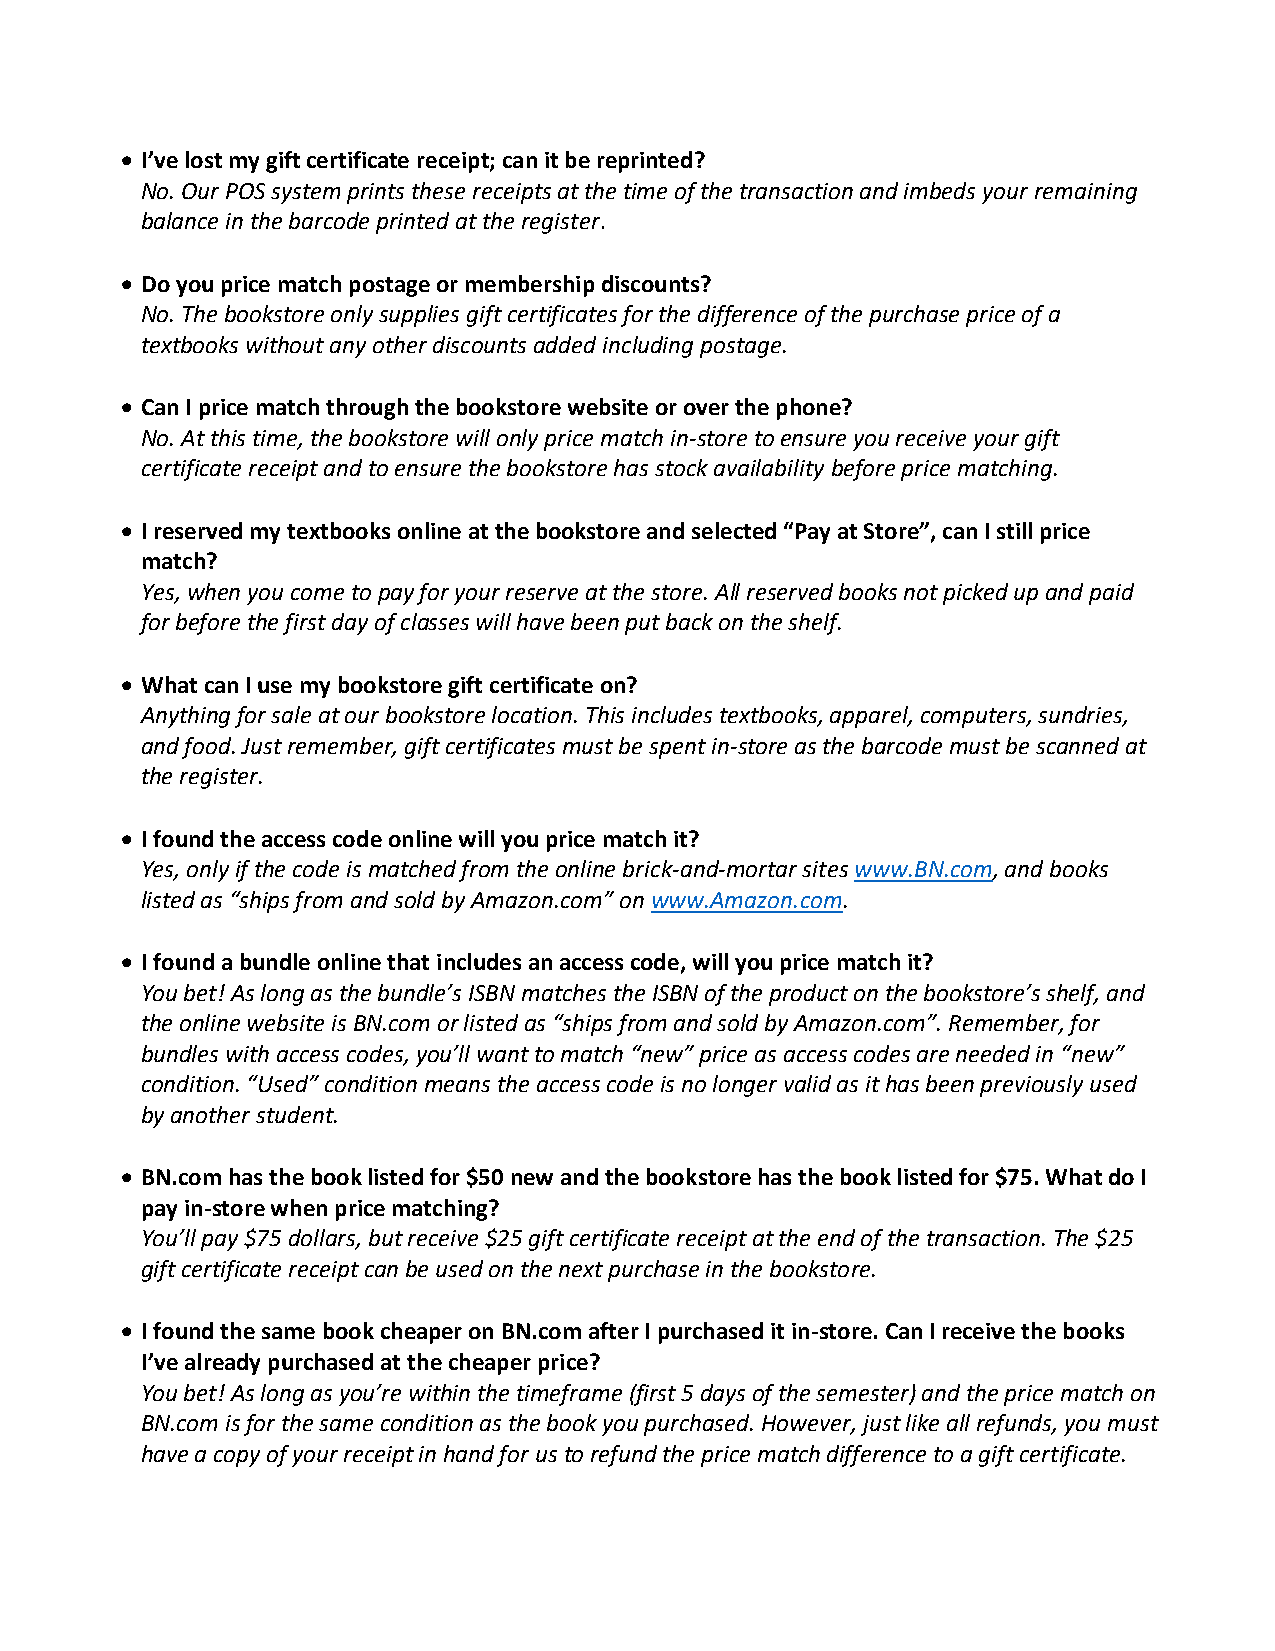
 I’ve lost my gift certificate receipt; can it be reprinted?
 No. Our POS system prints these receipts at the time of the transaction and imbeds your remaining
 balance in the barcode printed at the register.
  Do you price match postage or membership discounts?
 No. The bookstore only supplies gift certificates for the difference of the purchase price of a
 textbooks without any other discounts added including postage.
  Can I price match through the bookstore website or over the phone?
 No. At this time, the bookstore will only price match in-store to ensure you receive your gift
 certificate receipt and to ensure the bookstore has stock availability before price matching.
  I reserved my textbooks online at the bookstore and selected “Pay at Store”, can I still price
 match?
 Yes, when you come to pay for your reserve at the store. All reserved books not picked up and paid
 for before the first day of classes will have been put back on the shelf.
  What can I use my bookstore gift certificate on?
 Anything for sale at our bookstore location. This includes textbooks, apparel, computers, sundries,
 and food. Just remember, gift certificates must be spent in-store as the barcode must be scanned at
 the register.
  I found the access code online will you price match it?
 Yes, only if the code is matched from the online brick-and-mortar sites www.BN.com, and books
 listed as “ships from and sold by Amazon.com” on www.Amazon.com.
  I found a bundle online that includes an access code, will you price match it?
 You bet! As long as the bundle’s ISBN matches the ISBN of the product on the bookstore’s shelf, and
 the online website is BN.com or listed as “ships from and sold by Amazon.com”. Remember, for
 bundles with access codes, you’ll want to match “new” price as access codes are needed in “new”
 condition. “Used” condition means the access code is no longer valid as it has been previously used
 by another student.
  BN.com has the book listed for $50 new and the bookstore has the book listed for $75. What do I
 pay in-store when price matching?
 You’ll pay $75 dollars, but receive $25 gift certificate receipt at the end of the transaction. The $25
 gift certificate receipt can be used on the next purchase in the bookstore.
  I found the same book cheaper on BN.com after I purchased it in-store. Can I receive the books
 I’ve already purchased at the cheaper price?
 You bet! As long as you’re within the timeframe (first 5 days of the semester) and the price match on
 BN.com is for the same condition as the book you purchased. However, just like all refunds, you must
 have a copy of your receipt in hand for us to refund the price match difference to a gift certificate.